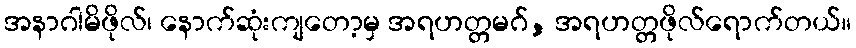
အနာဂါမိဖိုလ်၊ နောက်ဆုံးကျတော့မှ အရဟတ္တမဂ်, အရဟတ္တဖိုလ်ရောက်တယ်။